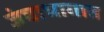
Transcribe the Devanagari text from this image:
जंघाभागात